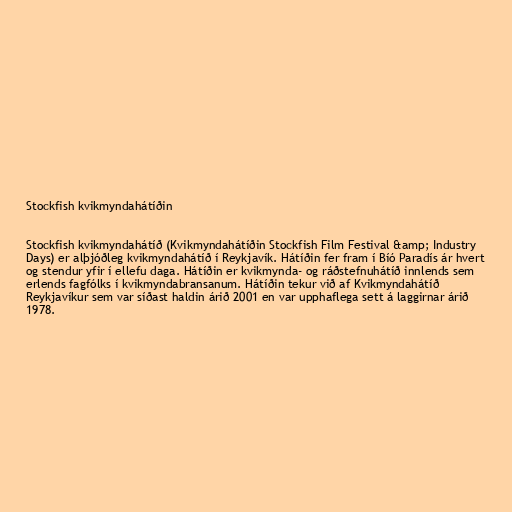
Stockfish kvikmyndahátíðin

Stockfish kvikmyndahátíð (Kvikmyndahátíðin Stockfish Film Festival &amp; Industry
Days) er alþjóðleg kvikmyndahátíð í Reykjavík. Hátíðin fer fram í Bíó Paradís ár hvert
og stendur yfir í ellefu daga. Hátíðin er kvikmynda- og ráðstefnuhátíð innlends sem
erlends fagfólks í kvikmyndabransanum. Hátíðin tekur við af Kvikmyndahátíð
Reykjavíkur sem var síðast haldin árið 2001 en var upphaflega sett á laggirnar árið
1978.